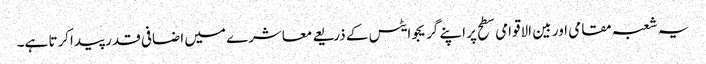
یہ شعبہ مقامی اور بین الاقوامی سطح پر اپنے گریجوایٹس کے ذریعے معاشرے میں اضافی قدر پیداکرتا ہے۔